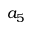
a _ { 5 }